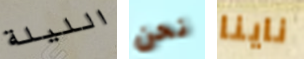
الليلة نحن ناينا